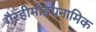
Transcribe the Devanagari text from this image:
गैरहीमोडयनामिक